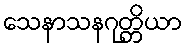
သေနာသနဂုတ္တိယာ